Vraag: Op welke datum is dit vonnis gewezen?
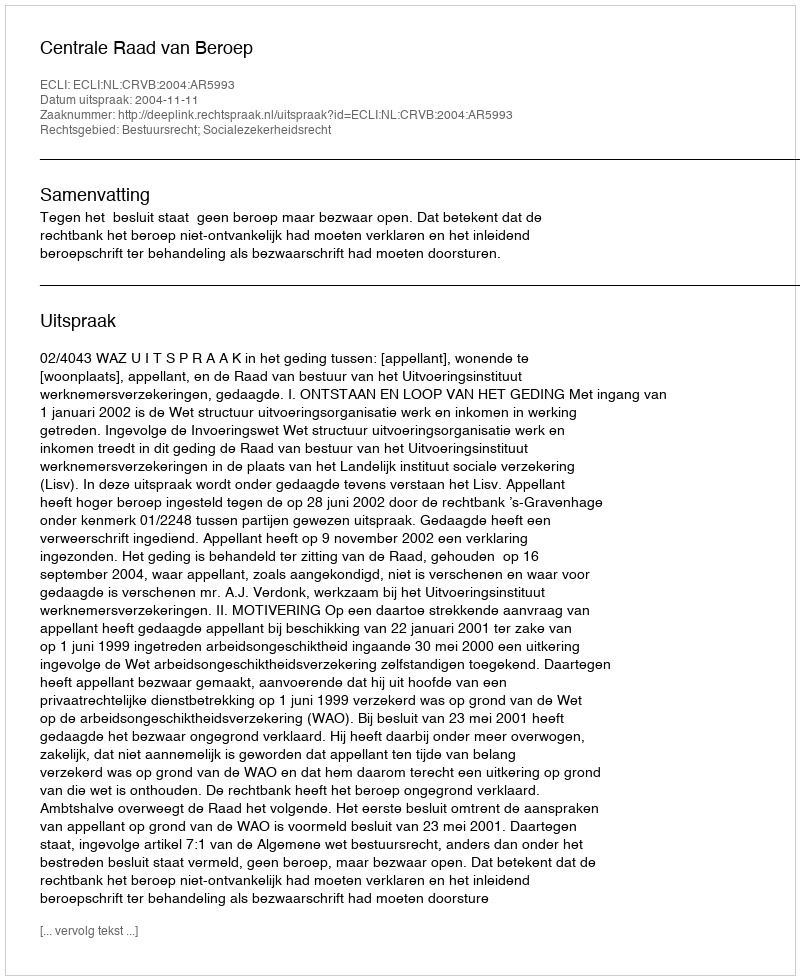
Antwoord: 2004-11-11